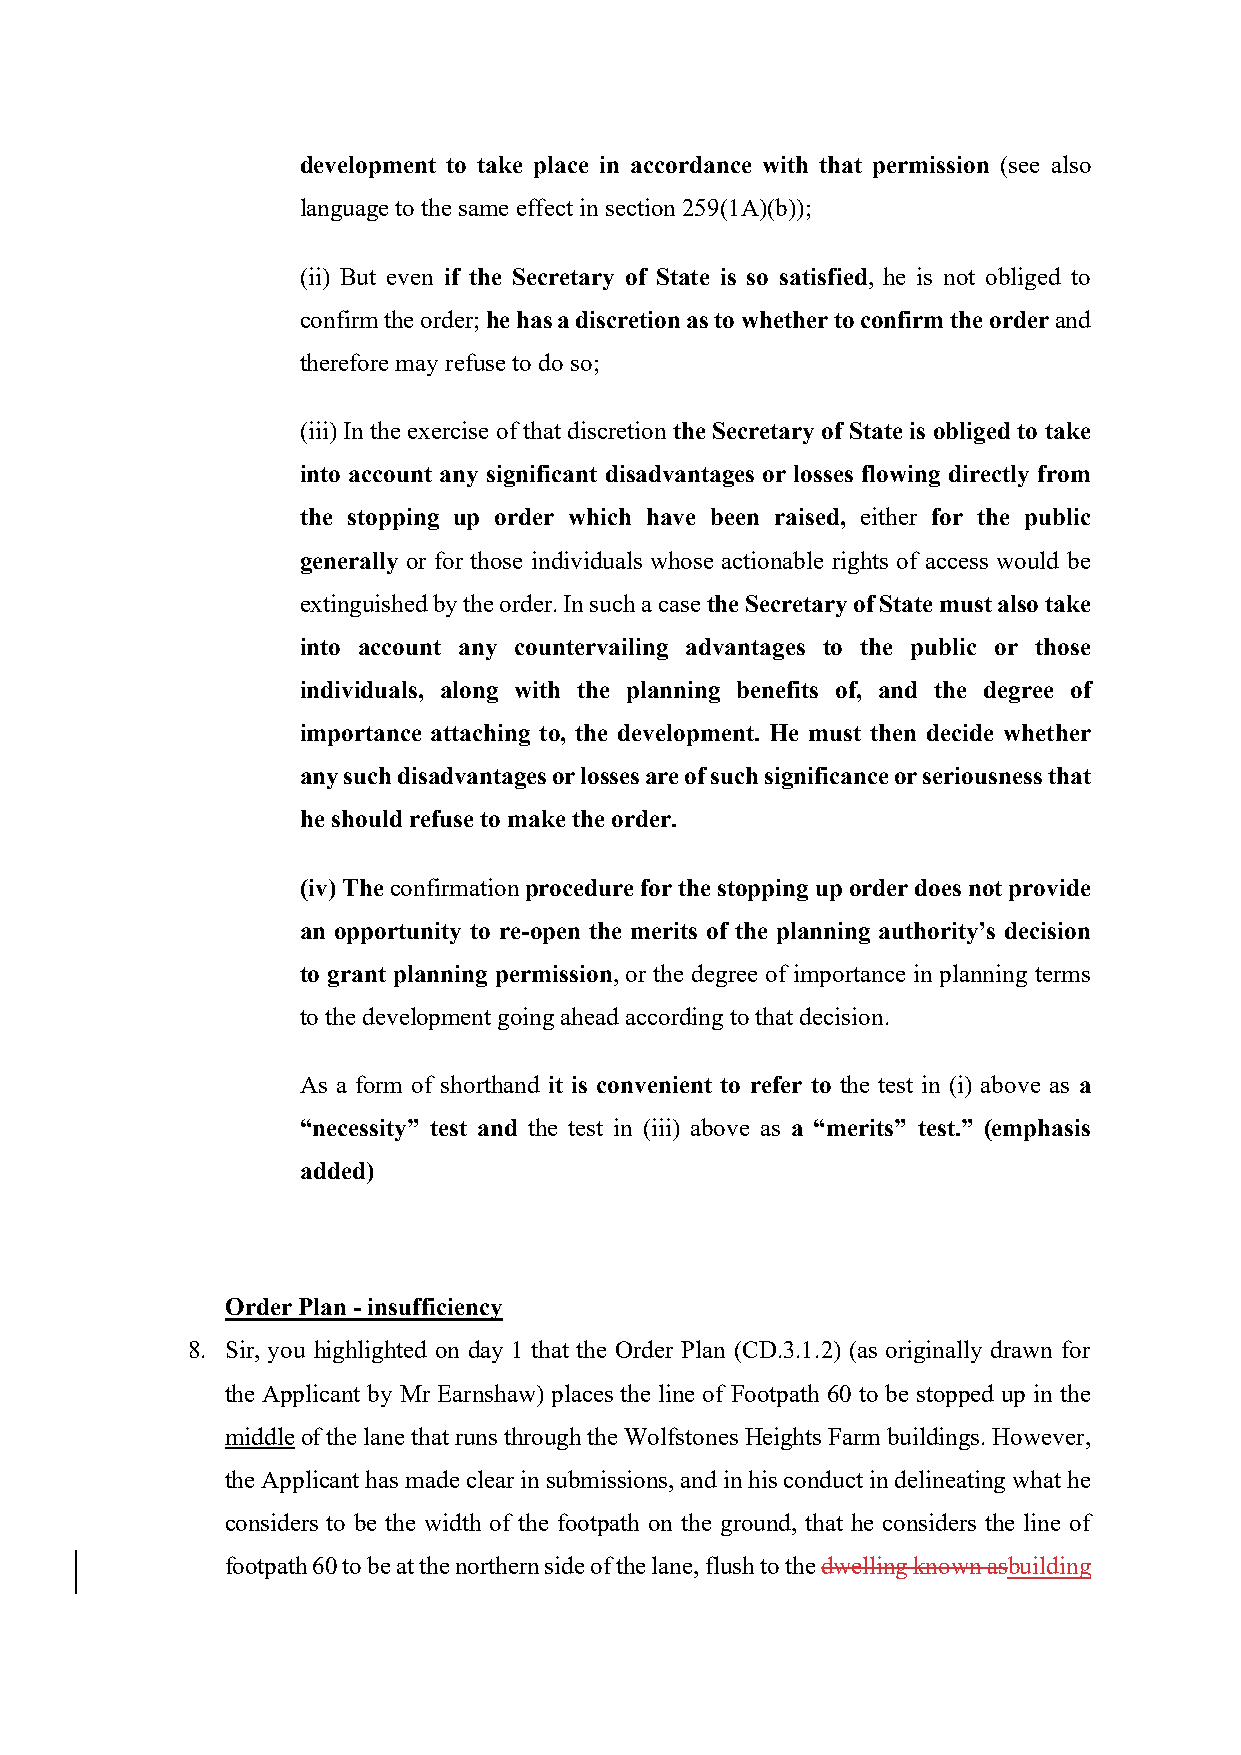
development to take place in accordance with that permission (see also
 language to the same effect in section 259(1A)(b));
 (ii) But even if the Secretary of State is so satisfied, he is not obliged to
 confirm the order; he has a discretion as to whether to confirm the order and
 therefore may refuse to do so;
 (iii) In the exercise of that discretion the Secretary of State is obliged to take
 into account any significant disadvantages or losses flowing directly from
 the stopping up order which have been raised, either for the public
 generally or for those individuals whose actionable rights of access would be
 extinguished by the order. In such a case the Secretary of State must also take
 into account any countervailing advantages to the public or those
 individuals, along with the planning benefits of, and the degree of
 importance attaching to, the development. He must then decide whether
 any such disadvantages or losses are of such significance or seriousness that
 he should refuse to make the order.
 (iv) The confirmation procedure for the stopping up order does not provide
 an opportunity to re-open the merits of the planning authority’s decision
 to grant planning permission, or the degree of importance in planning terms
 to the development going ahead according to that decision.
 As a form of shorthand it is convenient to refer to the test in (i) above as a
 “necessity” test and the test in (iii) above as a “merits” test.” (emphasis
 added)
 Order Plan - insufficiency
 8. Sir, you highlighted on day 1 that the Order Plan (CD.3.1.2) (as originally drawn for
 the Applicant by Mr Earnshaw) places the line of Footpath 60 to be stopped up in the
 middle of the lane that runs through the Wolfstones Heights Farm buildings. However,
 the Applicant has made clear in submissions, and in his conduct in delineating what he
 considers to be the width of the footpath on the ground, that he considers the line of
 footpath 60 to be at the northern side of the lane, flush to the dwelling known asbuilding